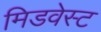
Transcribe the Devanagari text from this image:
मिडवेस्‍ट